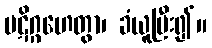
ပဋိဂ္ဂဟေတွာ၊ ခံယူပြီး၍။